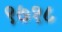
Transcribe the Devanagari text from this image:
९७१८